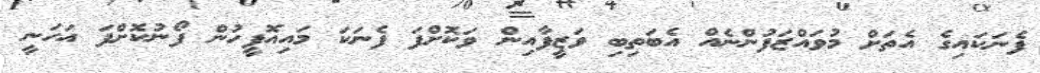
ފެނަކައިގެ އެތަށް މުވައްޒަފުންނެއް އެބަތިބި ވަޒީފާއިން ވަކޮށްފަ ފެނަކަ މައިއޮފީހުން ފޯނުކޮށްފަ އަހަނީ